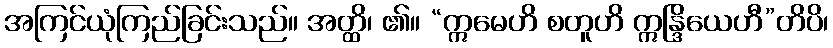
အကြင်ယုံကြည်ခြင်းသည်။ အတ္ထိ၊ ၏။ “ဣမေဟိ စတူဟိ ဣန္ဒြိယေဟီ”တိပိ၊